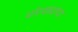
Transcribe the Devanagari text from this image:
घोरपड्यांच्या